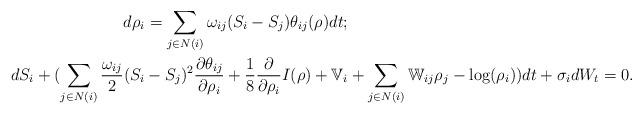
LaTeX: \begin{align*}d\rho_i=\sum_{j\in N(i)}\omega_{ij}(S_i-S_j)\theta_{ij}(\rho) dt;&\\d S_i+(\sum_{j\in N(i)}\frac{\omega_{ij}}{2}(S_i-S_j)^2 \frac {\partial \theta_{ij}}{\partial \rho_i}+\frac 18 \frac {\partial}{\partial \rho_i} I(\rho)+\mathbb V_i &+\sum_{j\in N(i)}\mathbb W_{ij}\rho_j-\log(\rho_i))dt+\sigma_idW_t=0.\end{align*}